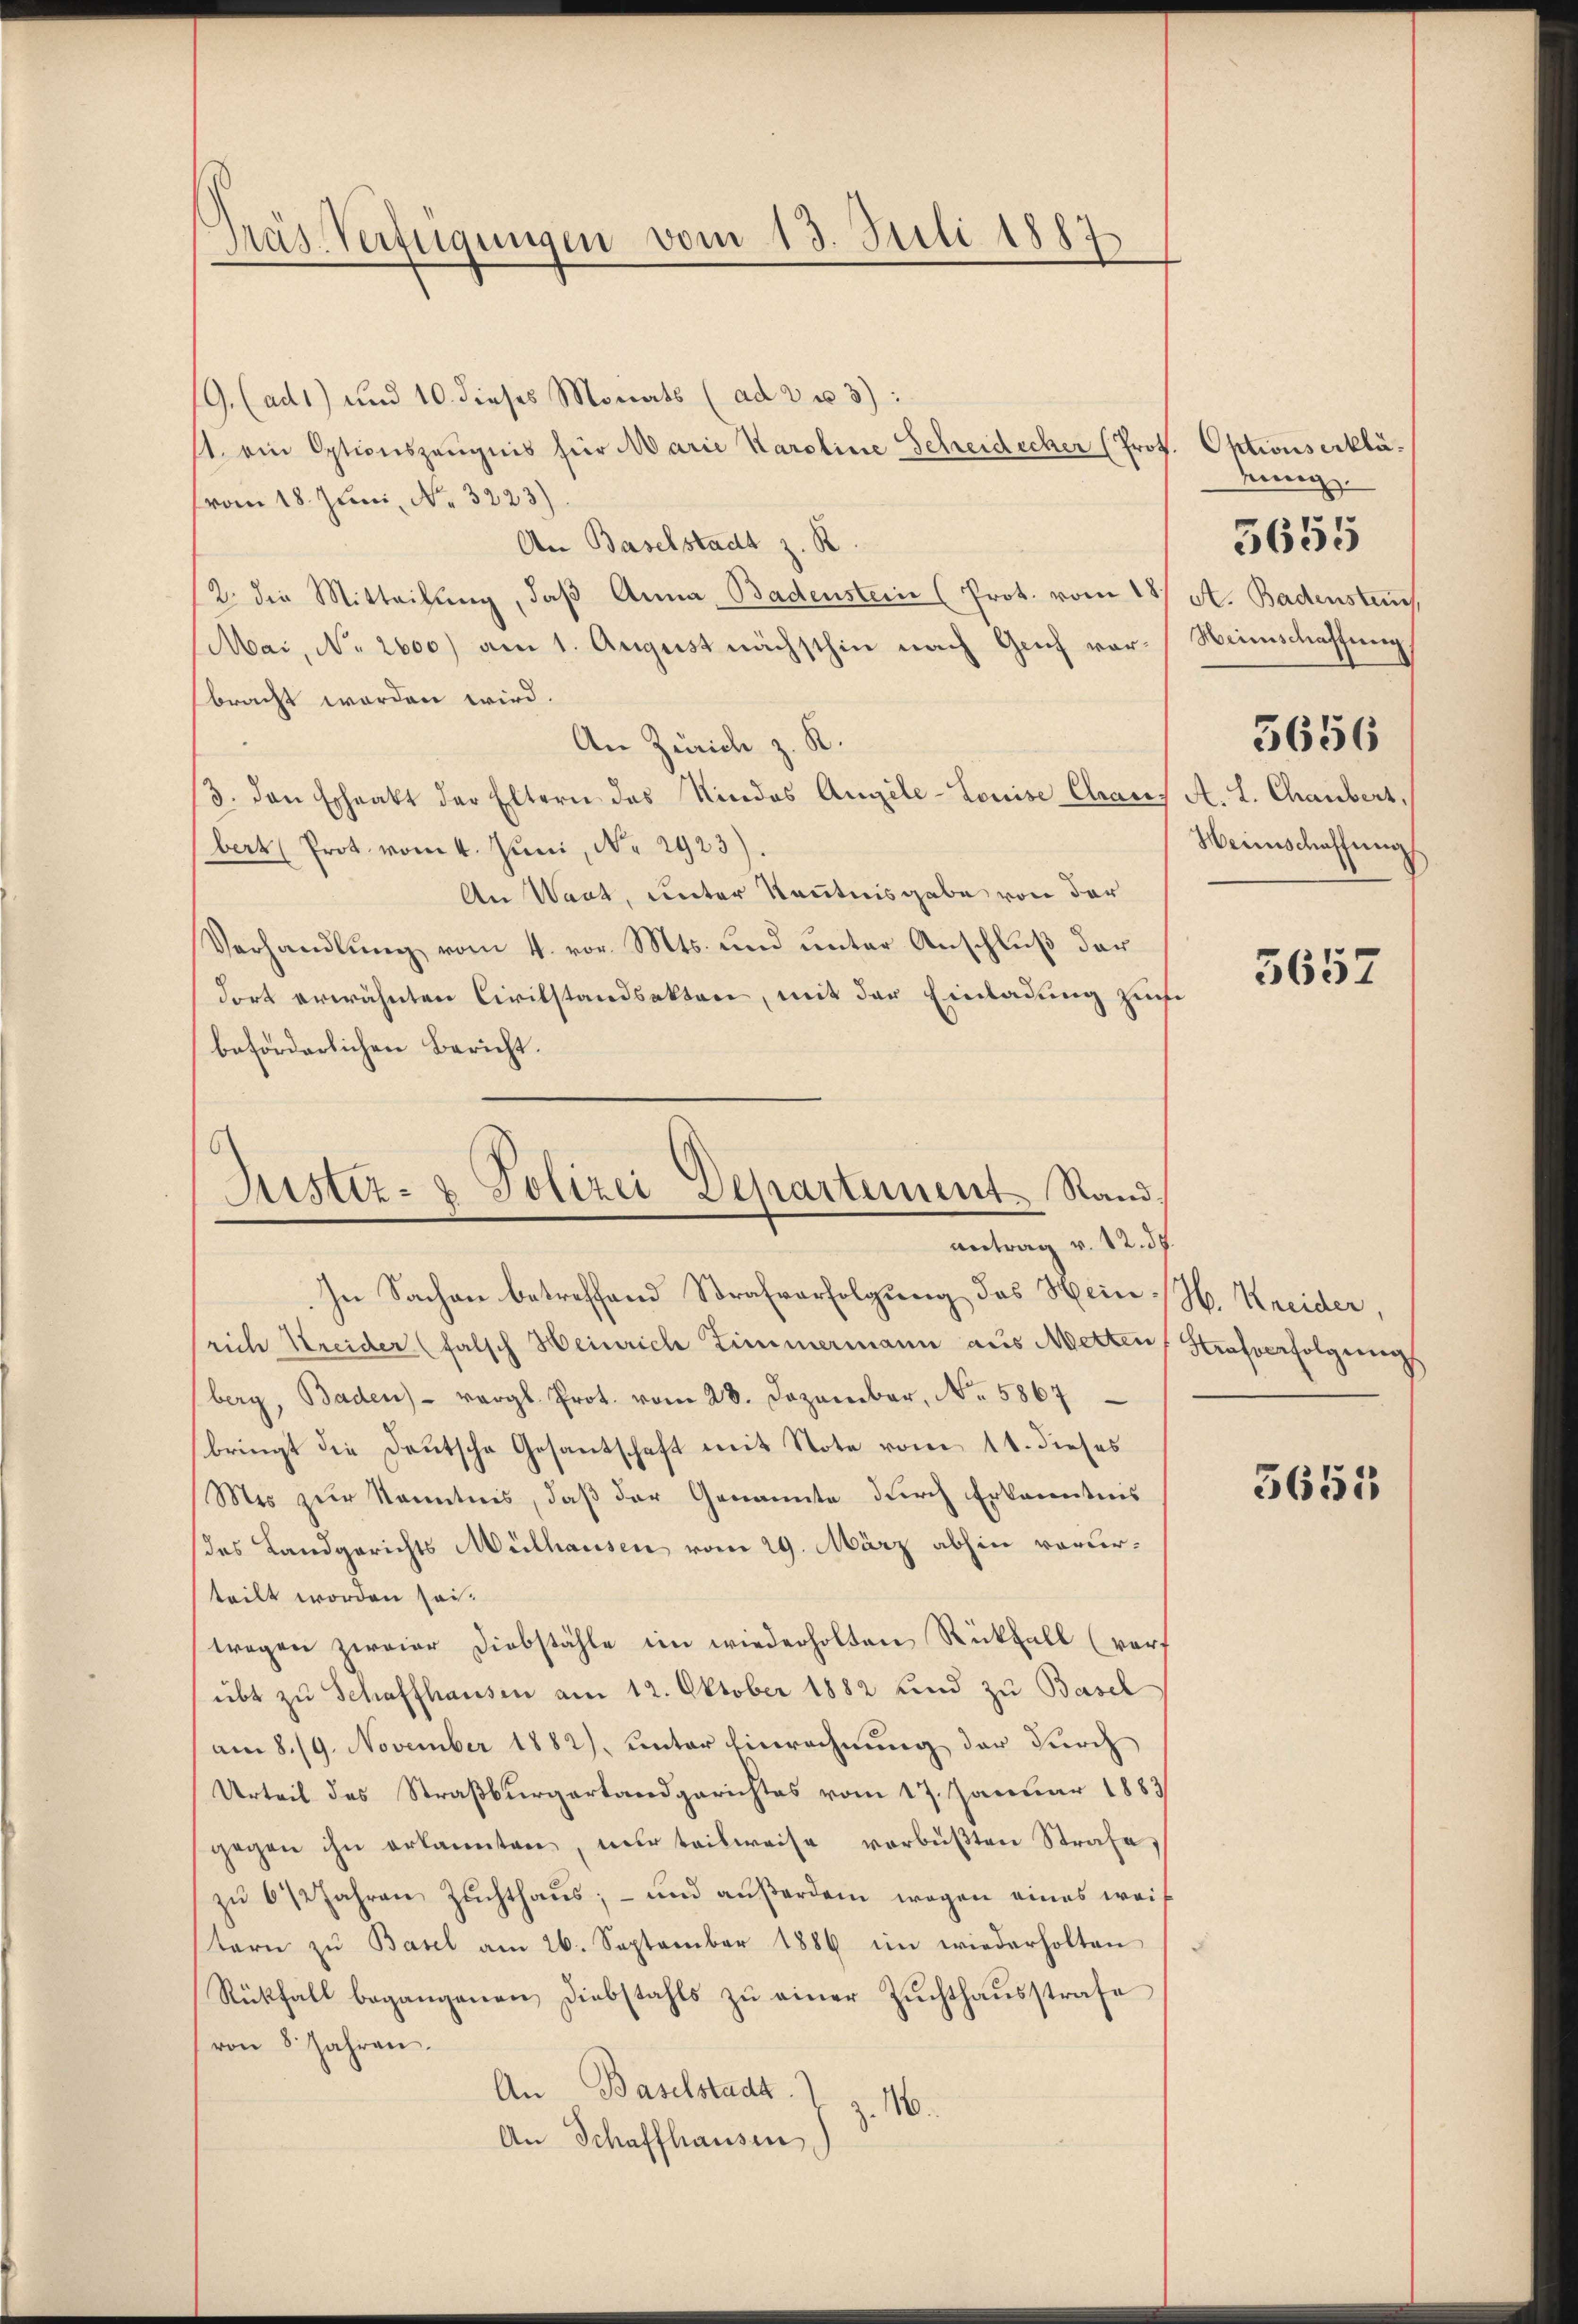
Präs. Verfügungen vom 13. Juli 1887.

/9. (ad1) und 10 dieses Monats (ad 2 u 3):
st. ein Optionszeŭgnis für Marie Karoline Scheidecher (Prof. Oktionserklä-
(vom 18. Juni, No. 3223).
An Baselstadt z. R.
2. die Mitteilung, daß Anna, Badenstein (Prot. vom 18/ A. Badensten.
Mai, No 2600) am 1. August nächsthin nach Graf vor-Weinschaffung
bracht worden wird.
An Zürich z. K.
3. den Echrakt der Eltern das Kindes Angele-Louise Chraus A. L. Chaubert,
bert Prot. vom 4. Juni, Nr. 2923)
An Waat, unter Kenntnisgabe von der
Verhandlung vom 4. vor. Mts. und unter Anschluß der
dort erwähnten Civilstandsakten, mit der Einladung zur
beforderlichen Bericht.

In Sachen betreffend Strafverfolgung des Hein H. Kreider,
rich Kreider (falsch Heinrich Zimmermann aus Metten Strafverfolgungs
berg, Baden) vergl. Prot. vom 28. Dezember, No. 5867
bringt die Deutsche Gesantschaft mit Note vom 14. dieses
Mis zur Kenntnis, daß der Genannte durch Erkanntnis
des Landgerichts Mülhausen vom 29. März abhin verurteilt worden sei.
tragen zweier Diebstähle im wiederholten Rückfall (vor,
übt zŭ Schaffhausen am 12. Oktober 1882 und zu Basel
am 8./9. November 1882), unter Einrechnung der durch
Urteil des Straßburgertandgerichtes vom 17. Januar 1883
gegen ihn erkannten, nur teilweise verbüβten Strafe,
zŭ 6 1/2 Jahren Zŭchthaŭs; - und aŭβerdem wegen eines weit
tern zŭ Basel am 26. September 1886 im wiederholten
Rückfall begangenen Diebstahls zŭ einer Zŭchthaŭsstrafe
von 8 Jahren.
An Baselstadt.)
16.
An Schaffhausen

Justiz- & Polizei Departement Rand,
antrag v. 12. d.

nung.
5656
Weinschaffung

5655

5657

5653